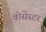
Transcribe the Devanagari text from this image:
वोसेंस्टर